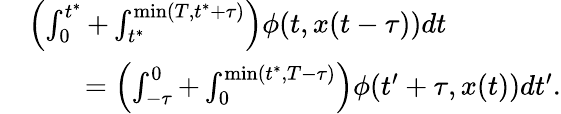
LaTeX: \begin{array}{rl}&{\left(\int_{0}^{t^{*}}+\int_{t^{*}}^{\operatorname*{min}(T,t^{*}+\tau)}\right)\phi(t,x(t-\tau))dt}\\ &{\qquad=\left(\int_{-\tau}^{0}+\int_{0}^{\operatorname*{min}(t^{*},T-\tau)}\right)\phi(t^{\prime}+\tau,x(t))dt^{\prime}.}\end{array}